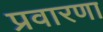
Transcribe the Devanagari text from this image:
प्रवारणा